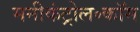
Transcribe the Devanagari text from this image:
मनीकंट्रोल॰कॉम